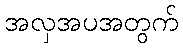
အလှအပအတွက်